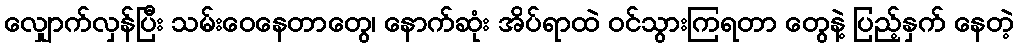
လျှောက်လှန်ပြီး သမ်းဝေနေတာတွေ၊ နောက်ဆုံး အိပ်ရာထဲ ဝင်သွားကြရတာ တွေနဲ့ ပြည့်နှက် နေတဲ့